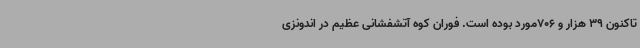
تاکنون 39 هزار و 706مورد بوده است. فوران کوه آتشفشانی عظیم در اندونزی